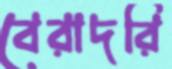
বেরাদরি